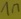
Text: 1n